Medical and sanitary report of the native army of Bengal for the year
Year: 1874
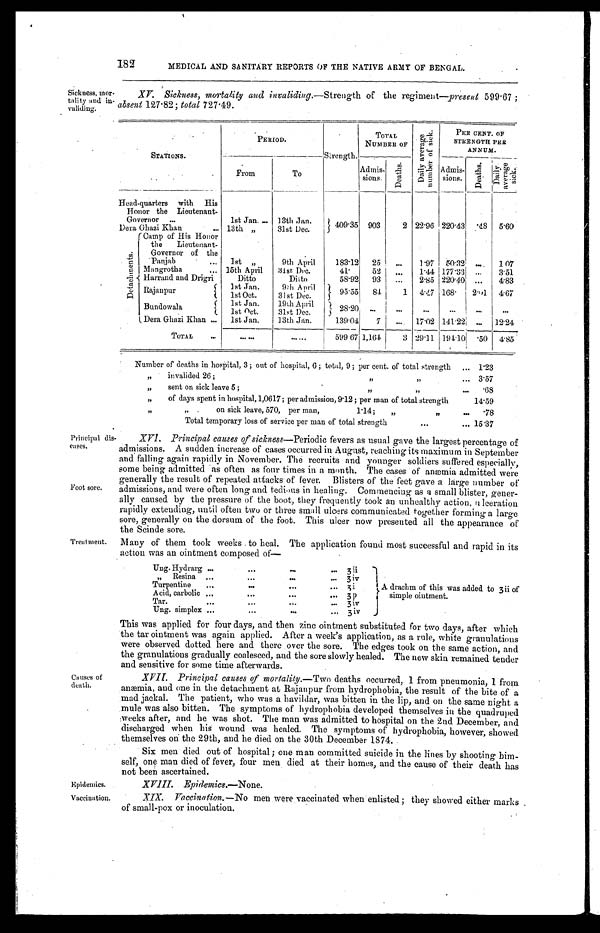
Epidemics.
Vaccination
182
MEDICAL AND SANITARY REPORTS OF THE NATIVE ARMYOF BENGAL.
Sickness, mor-
tality and in-
validing.
XV. Sickness, mortality and invaliding. —Strength of the regiment— present 599.67;
absent 127.82; total 727.49.
STATIONS.
P E R I OD.
Strength
TOTAL
NUMBER OF
D a i l y a v e r a g e n u m b e r o f s i c k .
PER CENT. OF
STRENGTH PER
ANNUM.
Admis-
sions.
Deat hs.
Admis-
sions.
Deat hs .
Da i l y a v e r a g e s i c k .
From
To
Head-quarters with His
1st Jan. ... 13th Jan.
409.35 903
2 22.96 220.43 .48 5.60
Honor the Lieutenant-
Governor ...
31st Dec.
Dera Ghazi Khan
... 13th. „
D e t a c h m e n t s .
Camp of His Honor
1st „
9th April
183.12 25
...
1.97 50.32
. . . 1 07
the
Lieutenant-
Governor of the
Panjab
...
Mangrotha
... 15th April
31st Dec.
41.
52
...
1.44 177.33 ...
3.51
Harrand and Drigri
Ditto
Ditto
58.92 93
...
2.85 220.40 ...
4.83
1st Jan.
9th April
9 5 . 5 5
8 4
1 4.47 168. 2.01 4.67
Rajanpur
1st Oct.
31st Dec.
Bundowala
1st Jan.
19th April
28.20
. . .
. . .
. . .
. . .
. . .
. . .
1st Oct.
31st Dec.
Dera Ghazi Khan ...
1st Jan.
13th Jan.
139.04
7
... 17.02 141.221 ... 12.24
TOTAL
...
... ...
... ...
599.67
1 , 1 6 4
3 29.11 194.10
. 5 0
4.85
Number of deaths in hospital, 3; out of hospital, 6; total, 9; per cent. of total strength
... 1.23
„
invalided 26;
, ,
, ,... 3.57
„
sent on sick leave 5;
, ,
, ,
...
68
„
of days spent in hospital, 1,0617; per admission, 9.12; per man of total strength
14.59
, ,
„
on sick leave, 570, per man,
1.14;
„
, ,
. . . .78
Total temporary loss of service per man of total strength
...
... 15.37
Principal di
seases.
Foot sore.
Treatment .
Causes of
death.
XVI. Principal causes of sickness—Periodic fevers as usual gave the largest percentage of
admissions. A sudden increase of cases occurred in August, reaching its maximum in September
and falling again rapidly in November. The recruits and younger soldiers suffered especially,
some being admitted as often as four times in a month. The cases of anæmia admitted were
generally the result of repeated attacks of fever. Blisters of the feet gave a large number of
admissions, and were often long and tedious in healing. Commencing as a small blister, gener--
ally caused by the pressure of the boot, they frequently took an unhealthy action, ulceration
rapidly extending, until often two or three small ulcers communicated together forming a large
sore, generally on the dorsum of the foot. This ulcer now presented all the appearance of
the Scinde sore.
Many of them took weeks to heal. The application found most successful and rapid in its
action was an ointment composed of
—
U n g . H y d r a r g ...
...
. . .
. . . 3 ii
, , R e s i n a ...
. . .
. . .
... 3 iv
Turpentine
...
. . .
...
...
3 i
A drachm of this was added to 3 ii of
Acid, carbolic ...
...
...
... 3 p
simple ointment.
Tar.
...
. . .
...
... 3 iv
Ung. simplex
. . . ...
. . .
... 3 iv
This was applied for four days, and then zinc ointment substituted for two days, after which
the tar ointment was again applied. After a week's application, as a rule, white granulations
were observed dotted here and there over the sore. The edges took on the same action, and
the granulations gradually coalesced, and the sore slowly healed. The new skin remained tender
and sensitive for some time afterwards.
XVII. Principal causes of mortality. —Two deaths occurred, 1 from pneumonia, 1 from
anæmia, and one in the detachment at Rajanpur from hydrophobia, the result of the bite of a
mad jackal. The patient, who was a havildar, was bitten in the lip, and on the same night a
mule was also bitten. The symptoms of hydrophobia developed themselves in the quadruped
weeks after, and he was shot. The man was admitted to hospital on the 2nd December, and
discharged when his wound was healed. The symptoms of hydrophobia, however, showed
themselves on the 29th, and he died on the 30th December 1874.
Six men died out of hospital; one man committed suicide in the lines by shooting him-
self, one man died of fever, four men died at their homes, and the cause of their death has
not been ascertained.
XVIII. Epi demi cs. —None.
XIX. Vaccination. —No men were vaccinated when enlisted; they showed either marks
of small-pox or inoculation.